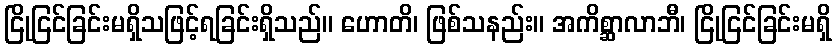
ငြိုငြင်ခြင်းမရှိသဖြင့်ရခြင်းရှိသည်။ ဟောတိ၊ ဖြစ်သနည်း။ အကိစ္ဆာလာဘီ၊ ငြိုငြင်ခြင်းမရှိ